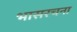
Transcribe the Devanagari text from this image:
भासरचना